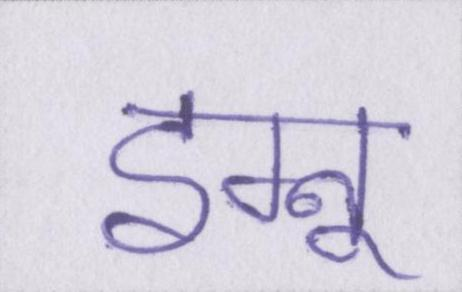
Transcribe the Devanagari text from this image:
इग्नू